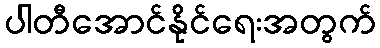
ပါတီအောင်နိုင်ရေးအတွက်